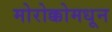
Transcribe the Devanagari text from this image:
मोरोक्कोमधून